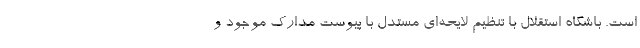
است. باشگاه استقلال با تنظیم لایحه‌ای مستدل با پیوست مدارک موجود و